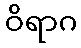
ဝိရာဂ